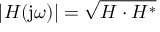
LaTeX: | H ( \mathrm { j } \omega ) | = { \sqrt { H \cdot H ^ { * } } }